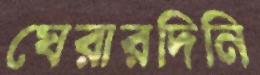
ঘেরারদিনি